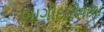
ભાગીદારીવાળા